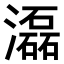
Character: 𤂬